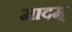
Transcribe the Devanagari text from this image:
मादम्